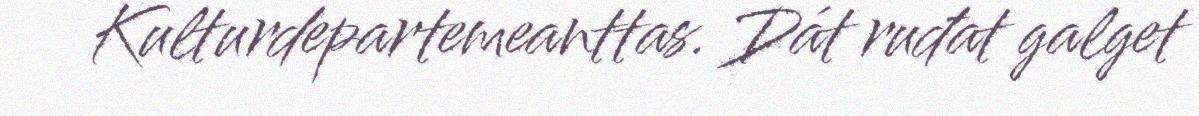
Kulturdepartemeanttas. Dát ruđat galget